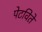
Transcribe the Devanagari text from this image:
पेटविते